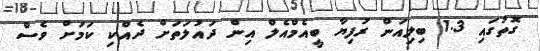
ގޮތުގައި 1.3 ބިލިއަން ރުފިޔާ ބީއެމްއެލް އިން ދައުލަތަށް ދެއްކި ކަމަށް ވެސް